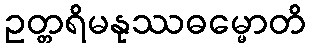
ဥတ္တရိမနုဿဓမ္မောတိ